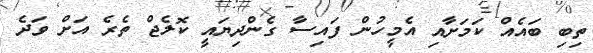
ތިބި ބައެއް ކަމަށާއި އެމީހުން ފައިސާ ގެންދިޔައީ ކޮލެޖް ތެރެ އަށް ވަދެ